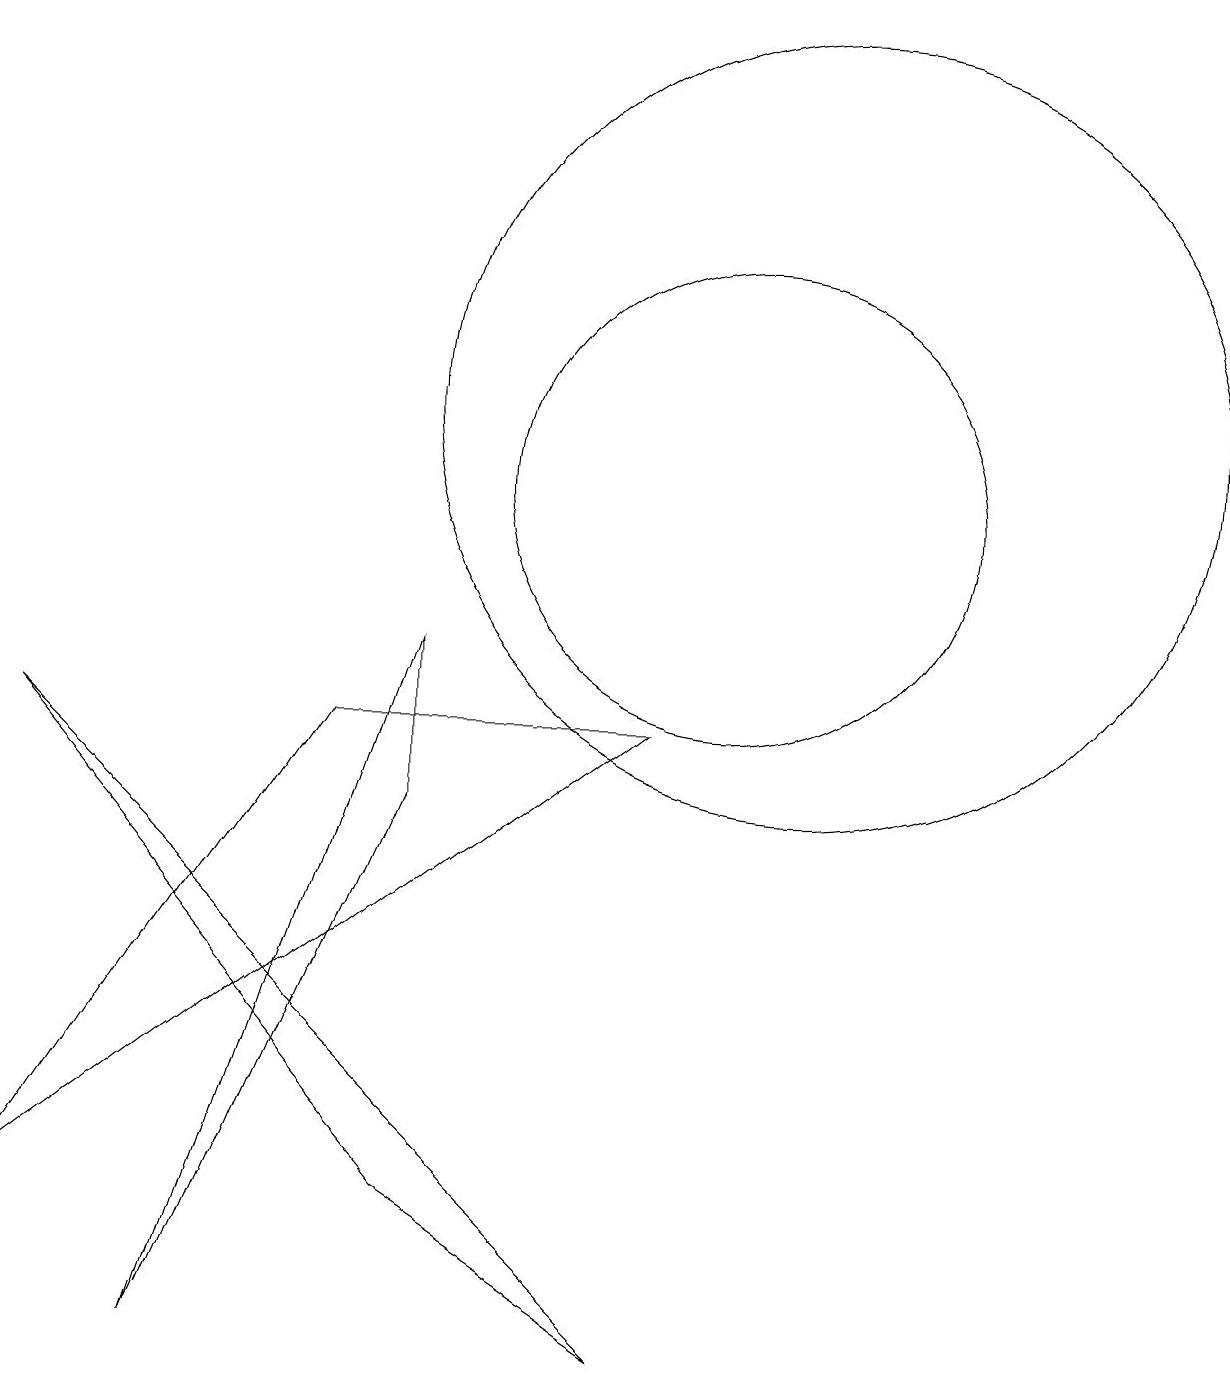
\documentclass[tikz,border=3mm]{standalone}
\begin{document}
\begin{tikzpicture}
\draw (9,0) -- (6,2) -- (1,8) -- cycle;
\draw (6,9) -- (3,0) -- (6,7) -- cycle;
\draw (11,12) circle (5);
\draw (10,11) circle (3);
\draw (5,8) -- (1,2) -- (9,8) -- cycle;
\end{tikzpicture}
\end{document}